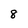
Character: 8